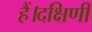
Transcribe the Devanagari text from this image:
हैं।दक्षिणी